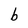
Character: b